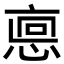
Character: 𢜖